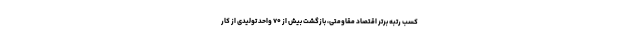
کسب رتبه برتر اقتصاد مقاومتی، بازگشت بیش از ۷۰ واحد تولیدی از کار